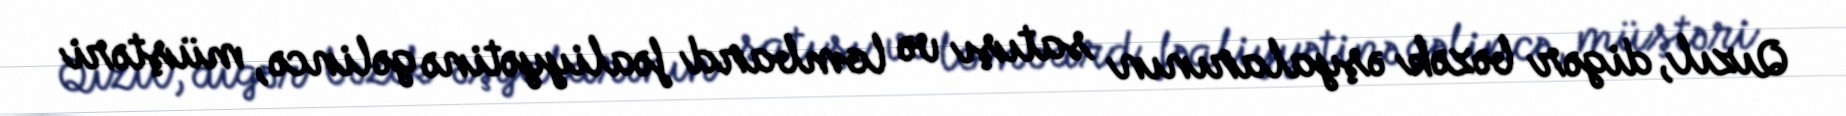
Qızıl, digər bəzək əşyalarının satışı və lombard fəaliyyətinə gəlincə, müştəri